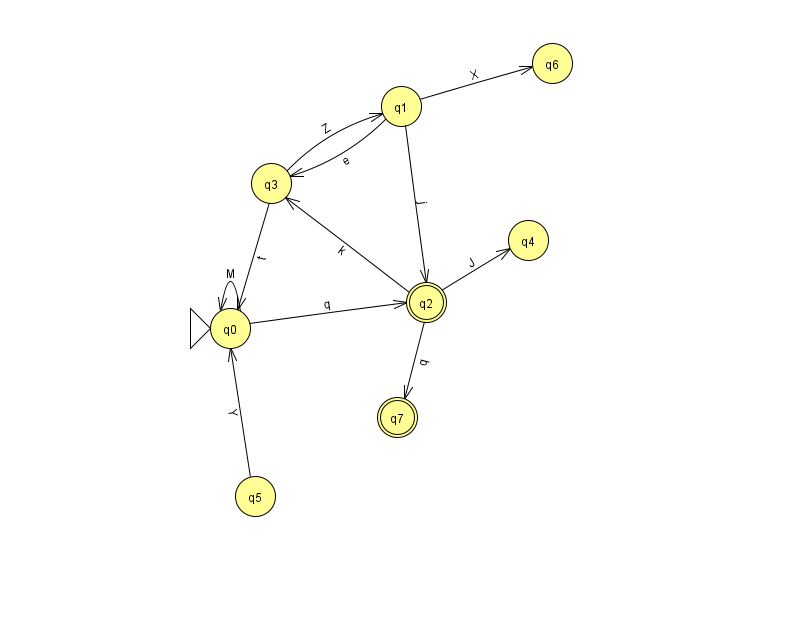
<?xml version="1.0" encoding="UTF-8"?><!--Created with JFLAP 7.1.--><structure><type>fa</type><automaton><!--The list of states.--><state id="0" name="q0"><x>230.0</x><y>315.0</y><initial/></state><state id="1" name="q1"><x>401.0</x><y>93.0</y></state><state id="2" name="q2"><x>426.0</x><y>289.0</y><final/></state><state id="3" name="q3"><x>271.0</x><y>170.0</y></state><state id="4" name="q4"><x>528.0</x><y>227.0</y></state><state id="5" name="q5"><x>255.0</x><y>483.0</y></state><state id="6" name="q6"><x>552.0</x><y>50.0</y></state><state id="7" name="q7"><x>397.0</x><y>404.0</y><final/></state><!--The list of transitions.--><transition><from>1</from><to>3</to><read>e</read></transition><transition><from>2</from><to>7</to><read>q</read></transition><transition><from>5</from><to>0</to><read>Y</read></transition><transition><from>1</from><to>2</to><read>j</read></transition><transition><from>2</from><to>4</to><read>J</read></transition><transition><from>1</from><to>6</to><read>X</read></transition><transition><from>2</from><to>3</to><read>k</read></transition><transition><from>3</from><to>0</to><read>t</read></transition><transition><from>0</from><to>0</to><read>M</read></transition><transition><from>0</from><to>2</to><read>q</read></transition><transition><from>3</from><to>1</to><read>Z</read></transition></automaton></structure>